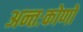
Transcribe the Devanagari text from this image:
अन्तःकोणों